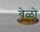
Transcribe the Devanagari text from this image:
वेळो